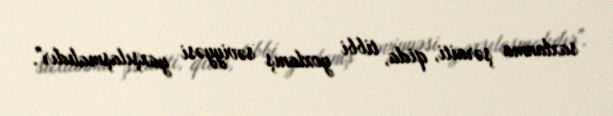
saxlanma şəraiti, qida, tibbi yoxlanış səviyyəsi yaxşılaşmalıdır".